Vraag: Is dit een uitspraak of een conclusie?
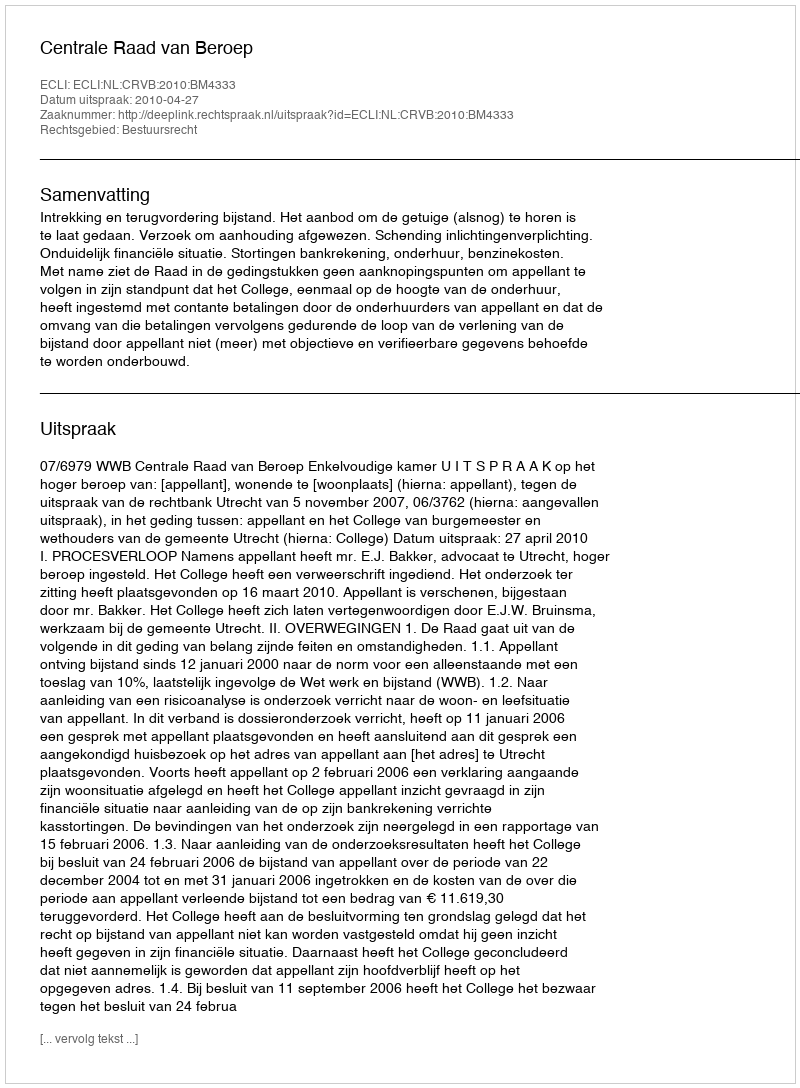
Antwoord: Uitspraak